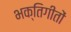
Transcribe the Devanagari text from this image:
भक्तिगीतों